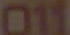
011